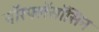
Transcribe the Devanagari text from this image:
नॉरफ्लॅसॉसिन